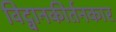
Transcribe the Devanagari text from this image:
विद्वानकीर्तनकार